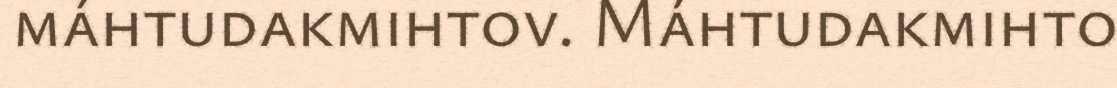
máhtudakmihtov. Máhtudakmihto